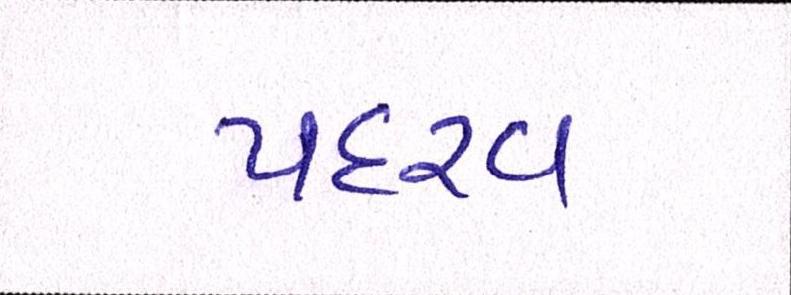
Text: પદરવ